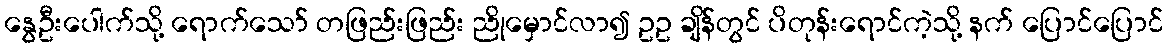
နွေဦးပေါက်သို့ ရောက်သော် တဖြည်းဖြည်း ညိုမှောင်လာ၍ ဥဥ ချိန်တွင် ပိတုန်းရောင်ကဲ့သို့ နက် ပြောင်ပြောင်